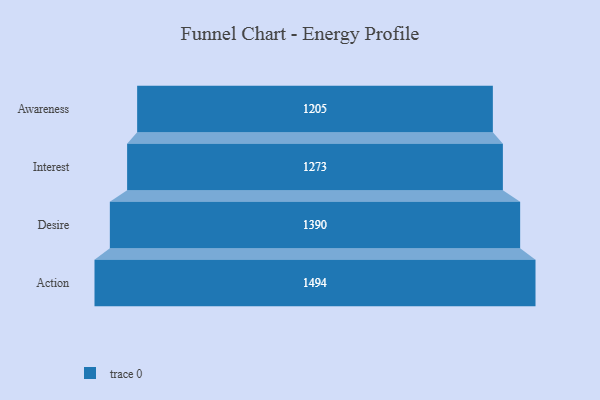
{"axis": {"x": "Stage", "y": "Value"}, "legend": [""], "data": [{"x": "Awareness", "y": 1205.0, "type": ""}, {"x": "Interest", "y": 1273.0, "type": ""}, {"x": "Desire", "y": 1390.0, "type": ""}, {"x": "Action", "y": 1494.0, "type": ""}]}